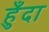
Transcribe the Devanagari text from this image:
हुँदा